Scottish Leaving Certificate Examination, 1957
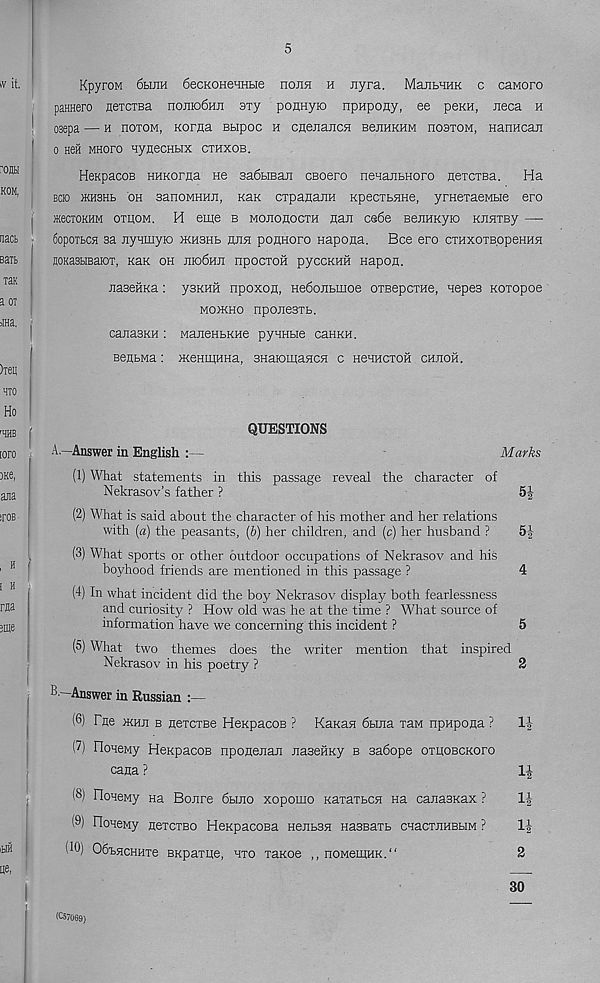
5
KpyroM 6luih 6ecKOHeHHbie hojih h nyra. MaubHHK c caworo
paHHero nexcTBa nojiK)6HJi axy ponnyio npapony, ee peKH, neca h
osepa — h noroM, Korna Bbipoc h caenancH BennKHM hostom, HanHcaji
o nefi MHoro HynecHBix cthxob.
HeKpacoB HHKorna He 3a6tiBaJi CBoero nenajibHoro neicTBa. Ha
bck) )KH3Hb oh sanoMHHH, Kan cxpanajiH KpecTLHHe, yrHexaeMbie ero
JKecioKHM oxhom. H eme b mohohocxh nan ce6e BenHKyio KJiHXBy —
fiopoxtca sa nyHinyio hchshb juih ponnoro napona. Bee ero cxHxoxB.opeHHH
BOKasbrnarox, KaK oh jiio6hji npoexoft pyccKHH napon.
JiaseHKa: ysKHH npoxon, He6oJiBmoe oxBepcxHe, nepes Koxopoe
mojkho npojiesxb.
canasKH : ManeHBKHe pyHHBie caHKH.
BentMa: >KeHiHHHa, snaiomaHCH c HenHcxoH CH.nofi.
QUESTIONS
A.—Answer in English :—
Marks
(1) What statements in this passage reveal the character of
Nekrasov’s father ?
5|
(2) What is said about the character of his mother and her relations
with [a) the peasants, (b) her children, and (c) her husband ?
5f
(3) What sports or other outdoor occupations of Nekrasov and his
boyhood friends are mentioned in this passage ?
4
(4) In what incident did the boy Nekrasov display both fearlessness
and curiosity ? How old was he at the time ? What source of
information have we concerning this incident ?
5
(5) What two themes does the writer mention that inspired
Nekrasov in his poetry ?
2
® —Answer in Russian :—
(6) Tne >khji b nexcxBe HenpacoB ? KaxaH 6buia xaM npHpona ?
1J
(7) IloHeMy HeKpacoB nponejian JiaseHRy b sabope oxhobckoxo
cana ?
IJ
(8) IloHeMy Ha Bonre 6hjio xopomo KaxaxbCH na canasKax ?
If
(9) IloHeMy nexcxBO HexpacoBa Henbssi HasBaxb cnaoxnHBbiM ?
If
(W) ObbHCHHxe BKpaxpe, hxo xanoe ,, noMemHK.“
2
30
(CS7069)